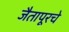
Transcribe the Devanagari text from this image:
जैतापूरचे